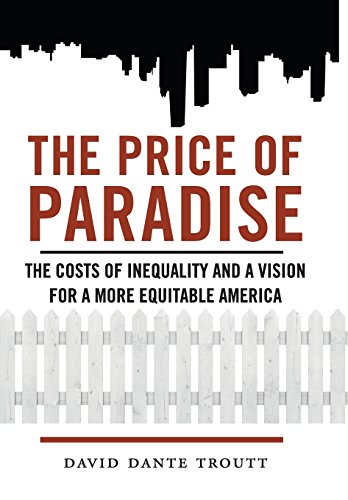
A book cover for The Price of Paradise: The Costs of Inequality and a Vision for a More Equitable America; David Dante Troutt; Business & Money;